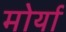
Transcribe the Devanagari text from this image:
मोर्या